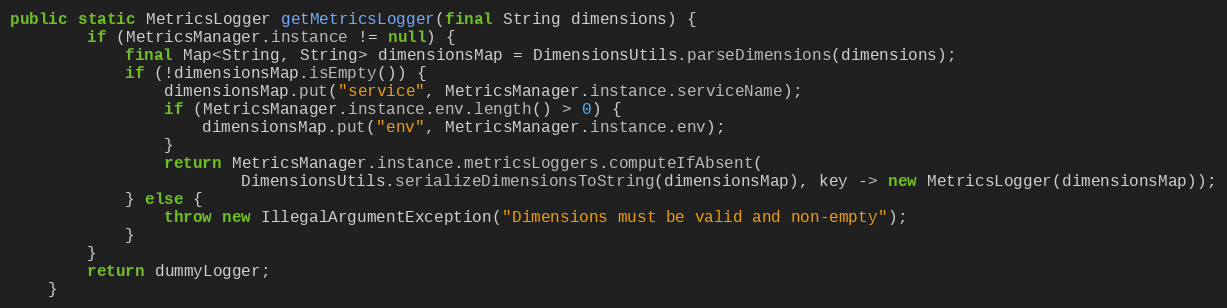
Language: Java
public static MetricsLogger getMetricsLogger(final String dimensions) {
        if (MetricsManager.instance != null) {
            final Map<String, String> dimensionsMap = DimensionsUtils.parseDimensions(dimensions);
            if (!dimensionsMap.isEmpty()) {
                dimensionsMap.put("service", MetricsManager.instance.serviceName);
                if (MetricsManager.instance.env.length() > 0) {
                    dimensionsMap.put("env", MetricsManager.instance.env);
                }
                return MetricsManager.instance.metricsLoggers.computeIfAbsent(
                        DimensionsUtils.serializeDimensionsToString(dimensionsMap), key -> new MetricsLogger(dimensionsMap));
            } else {
                throw new IllegalArgumentException("Dimensions must be valid and non-empty");
            }
        }
        return dummyLogger;
    }